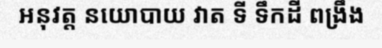
អនុវត្ត នយោបាយ វាត ទី ទឹកដី ពង្រឹង